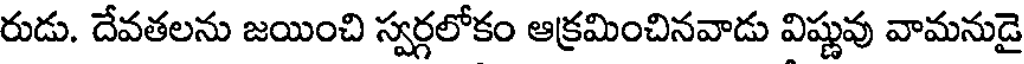
రుడు. దేవతలను జయించి స్వర్గలోకం ఆక్రమించినవాడు విష్ణువు వామనుడై